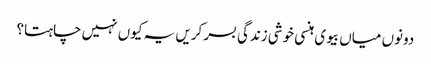
دونوں میاں بیوی ہنسی خوشی زندگی بسر کریں یہ کیوں نہیں چاہتا؟